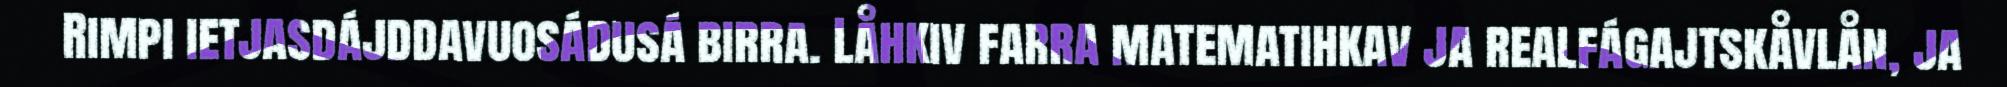
Rimpi ietjasdájddavuosádusá birra. Låhkiv farra matematihkav ja realfágajtskåvlån, ja